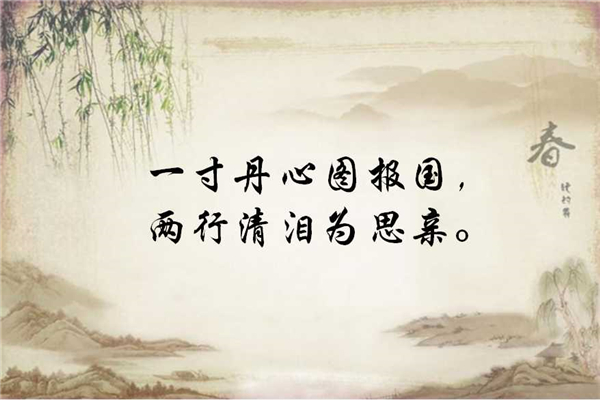
一寸丹心图报国，两行清泪为思亲。